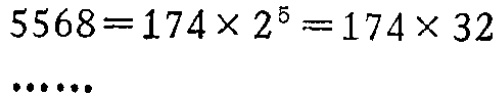
\(5568 = 174\times2^{5}=174\times32\)

\(\cdots\cdots\)